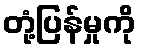
တုံ့ပြန်မှုကို